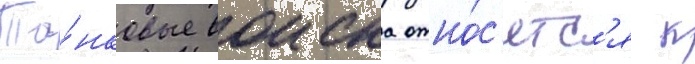
Та́нковые воиска отно́с'ятс'я к